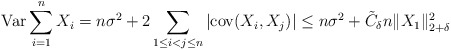
\begin{align*}\mathrm{Var} \sum_{i=1}^n X_i= n \sigma^2 + 2 \sum_{1 \leq i < j \leq n} |\mathrm{cov}(X_i, X_j)|\leq n \sigma^2 + \tilde{C}_{\delta} n \|X_1\|_{2+\delta}^2\end{align*}